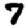
Digit: 7